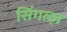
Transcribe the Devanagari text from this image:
सिंगल्ज़